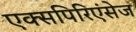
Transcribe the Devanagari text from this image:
एक्सपिरिएंसेज